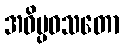
အဝိပ္ပဝသတော